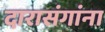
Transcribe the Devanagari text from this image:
दारासंगांना